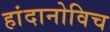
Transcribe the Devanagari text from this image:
हांदानोविच